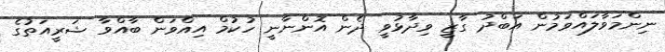
ނިންމަވާލައްވަމުން އަބްދު ގާޒީ ވިދާޅުވީ ދެން އޮންނާނީ ހުކުމް އިއްވަން ބާއްވާ ޝަރީއަތުގެ